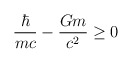
\begin{align*}\frac{\hbar}{ mc} - \frac{Gm}{c^2} \geq 0\end{align*}